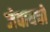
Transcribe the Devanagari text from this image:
जेवायचो